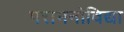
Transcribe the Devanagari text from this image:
परामनोविद्या